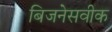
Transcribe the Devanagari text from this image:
बिजनेसवीक